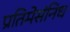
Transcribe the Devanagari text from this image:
प्रतिमेसंनिध